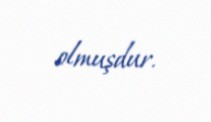
olmuşdur.